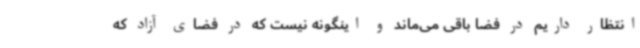
انتظار داریم در فضا باقی می‌ماند و اینگونه نیست که در فضای آزاد که